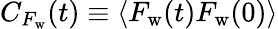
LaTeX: C_{F_{\mathrm{w}}}(t)\equiv\left<F_{\mathrm{w}}(t)F_{\mathrm{w}}(0)\right>